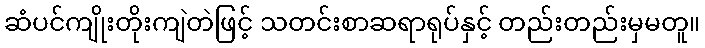
ဆံပင်ကျိုးတိုးကျဲတဲဖြင့် သတင်းစာဆရာရုပ်နှင့် တည်းတည်းမှမတူ။